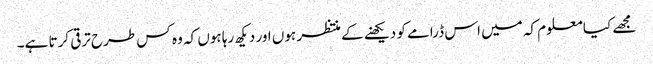
مجھے کیا معلوم کہ میں اس ڈرامے کو دیکھنے کے منتظر ہوں اور دیکھ رہا ہوں کہ وہ کس طرح ترقی کرتا ہے۔